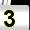
Digit: 3